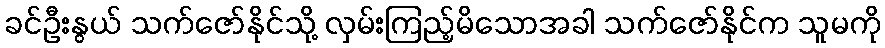
ခင်ဦးနွယ် သက်ဇော်နိုင်သို့ လှမ်းကြည့်မိသောအခါ သက်ဇော်နိုင်က သူမကို